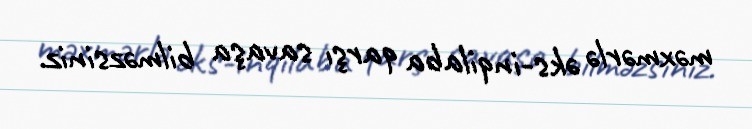
məxmərlə əks-inqilaba qarşı savaşa bilməzsiniz.